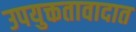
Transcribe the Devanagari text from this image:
उपयुक्ततावादात